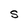
Character: S